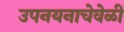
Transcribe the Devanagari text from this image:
उपनयनाचेवेळीं